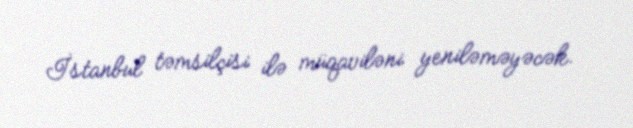
İstanbul təmsilçisi ilə müqaviləni yeniləməyəcək.